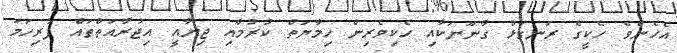
އެހެންވެ ހެކީގެ ރަނގަޅު ގާނޫނަކާއި ހެކިވެރިން ހިމާޔަތް ކުރުމާއި ޖިނާއީ އިޖުރާއަތްތައް ފުރިހަމަ